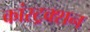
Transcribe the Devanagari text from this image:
कांस्ट्रक्शन